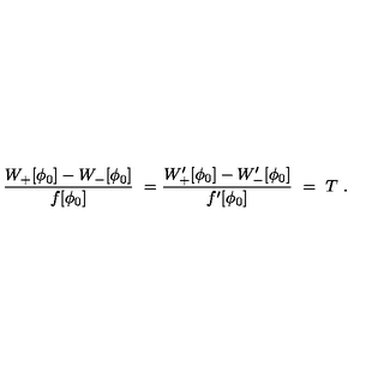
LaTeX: \frac { W _ { + } [ \phi _ { 0 } ] - W _ { - } [ \phi _ { 0 } ] } { f [ \phi _ { 0 } ] } \ = \frac { W _ { + } ^ { \prime } [ \phi _ { 0 } ] - W _ { - } ^ { \prime } [ \phi _ { 0 } ] } { f ^ { \prime } [ \phi _ { 0 } ] } \ = \ T \ .